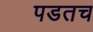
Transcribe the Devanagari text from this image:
पडतच